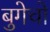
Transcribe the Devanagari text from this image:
बुगेचो